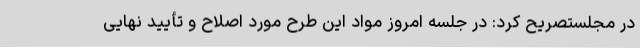
در مجلستصریح کرد: در جلسه امروز مواد این طرح مورد اصلاح و تأیید نهایی